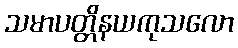
သမာပတ္တိနယကုသလော